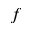
\boldsymbol { f }